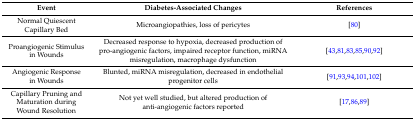
<table><thead><tr><td><b>Event</b></td><td><b>Diabetes-Associated Changes</b></td><td><b>References</b></td></tr></thead><tbody><tr><td>Normal Quiescent Capillary Bed</td><td>Microangiopathies, loss of pericytes</td><td>[80]</td></tr><tr><td>Proangiogenic Stimulus in Wounds</td><td>Decreased response to hypoxia, decreased production of pro-angiogenic factors, impaired receptor function, miRNA misregulation, macrophage dysfunction</td><td>[43,81,83,85,90,92]</td></tr><tr><td>Angiogenic Response in Wounds</td><td>Blunted, miRNA misregulation, decreased in endothelial progenitor cells</td><td>[91,93,94,101,102]</td></tr><tr><td>Capillary Pruning and Maturation during Wound Resolution</td><td>Not yet well studied, but altered production of anti-angiogenic factors reported</td><td>[17,86,89]</td></tr></tbody></table>